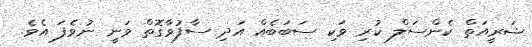
ޝަރީއަތް ކެންސަލް ކުރި ވަކި ސަބަބެއް އަދި ސާފުވާގޮތް ވަނީ ނުވެފަ އެވެ.